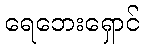
ရေဘေးရှောင်